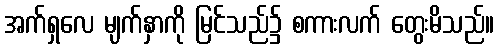
အက်ရှလေ မျက်နှာကို မြင်သည်၌ စကားလက် တွေးမိသည်။